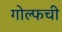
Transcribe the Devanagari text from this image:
गोल्फची